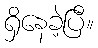
ရှိနေခဲ့ပြီ။